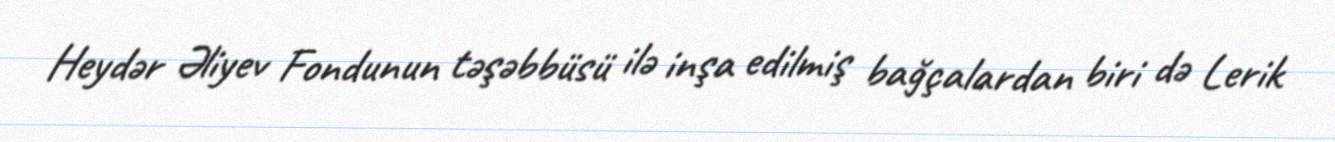
Heydər Əliyev Fondunun təşəbbüsü ilə inşa edilmiş bağçalardan biri də Lerik